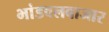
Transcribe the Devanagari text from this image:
भांडवलबाजार